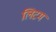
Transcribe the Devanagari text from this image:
लिटम